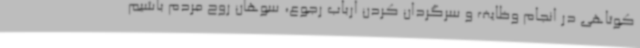
کوتاهی در انجام وظایف و سرگردان کردن ارباب رجوع، سوهان روح مردم باشیم